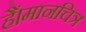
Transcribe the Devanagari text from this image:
हैं।मानचित्र